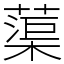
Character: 蕖